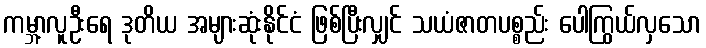
ကမ္ဘာ့လူဦးရေ ဒုတိယ အများဆုံးနိုင်ငံ ဖြစ်ပြီးလျှင် သယံဇာတပစ္စည်း ပေါကြွယ်လှသော